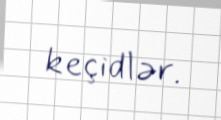
keçidlər.